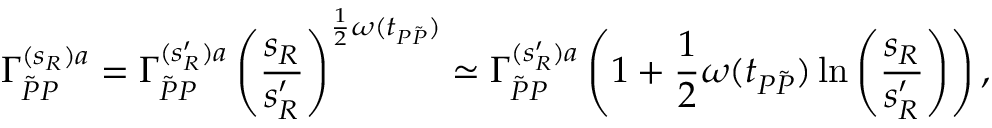
\Gamma _ { \tilde { P } P } ^ { ( s _ { R } ) a } = \Gamma _ { \tilde { P } P } ^ { ( s _ { R } ^ { \prime } ) a } \left( \frac { s _ { R } } { s _ { R } ^ { \prime } } \right) ^ { \frac { 1 } { 2 } \omega ( t _ { P \tilde { P } } ) } \simeq \Gamma _ { \tilde { P } P } ^ { ( s _ { R } ^ { \prime } ) a } \left( 1 + \frac { 1 } { 2 } \omega ( t _ { P \tilde { P } } ) \ln { \left( \frac { s _ { R } } { s _ { R } ^ { \prime } } \right) } \right) ,